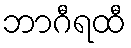
ဘာဂီရထီ